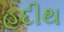
હદીથ